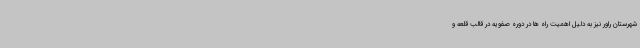
شهرستان راور نیز به دلیل اهمیت راه ها در دوره صفویه در قالب قلعه و